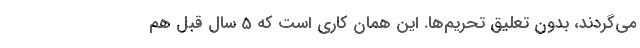
می‌گردند، بدون تعلیق تحریم‌ها. این همان کاری است که 5 سال قبل هم